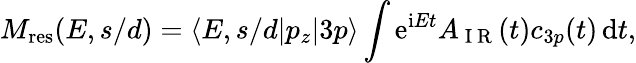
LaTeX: M_{\mathrm{{res}}}(E,s/d)=\langle E,s/d|p_{z}|3p\rangle\int\mathrm e^{\mathrm iEt}A_{\mathrm{~I~R~}}(t)c_{3p}(t)\, \mathrm dt,